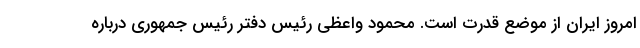
امروز ایران از موضع قدرت است. محمود واعظی رئیس دفتر رئیس جمهوری درباره